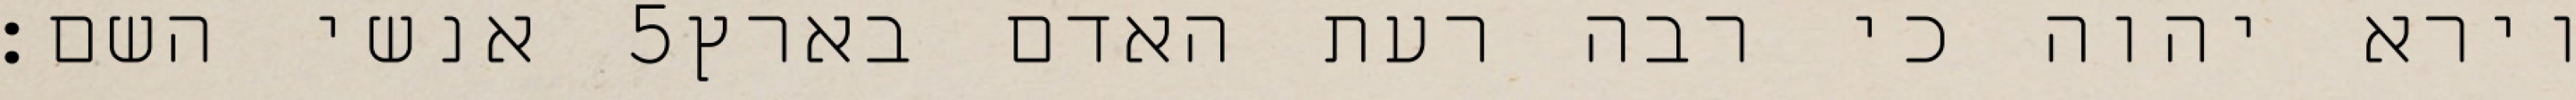
אנשי השם׃ ‎5‏ וירא יהוה כי רבה רעת האדם בארץ